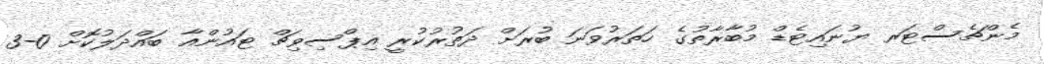
މެންޗެސްޓަރ ޔުނައިޓެޑް މުބާރާތުގެ ހަތަރުވަނަ ބުރަށް ދަތުރުކުރީ އިޕްސިވިޗް ޓައުންއާ ބައްދަލުކޮށް 0-3